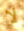
لا